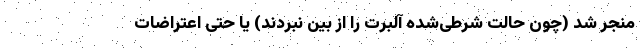
منجر شد (چون حالت شرطی‌شده آلبرت را از بین نبردند) یا حتی اعتراضات